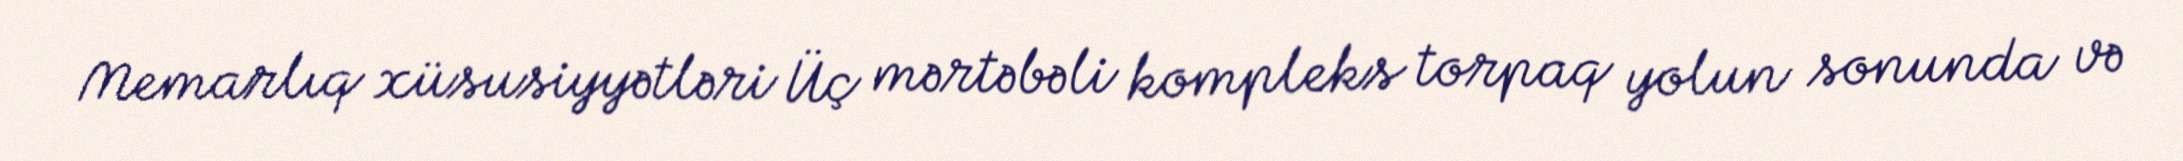
Memarlıq xüsusiyyətləri Üç mərtəbəli kompleks torpaq yolun sonunda və